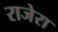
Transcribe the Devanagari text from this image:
राजेरा